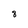
Character: 8